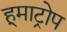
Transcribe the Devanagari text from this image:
हूमाट्रोप